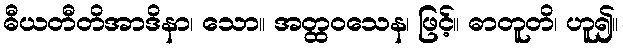
ဓီယတီတိအာဒိနာ၊ သော။ အတ္ထဝသေန၊ ဖြင့်။ ဓာတူတိ၊ ဟူ၍။